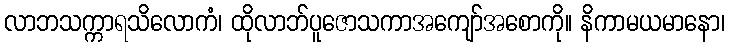
လာဘသက္ကာရသိလောကံ၊ ထိုလာဘ်ပူဇောသကာအကျော်အစောကို။ နိကာမယမာနော၊